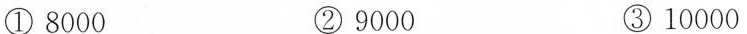
①8000 ②9000 ③10000